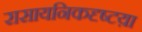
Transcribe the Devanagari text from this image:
रासायनिकदृष्टय़ा